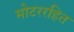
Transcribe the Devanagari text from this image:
मोटररहित